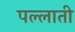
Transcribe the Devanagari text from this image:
पल्लाती